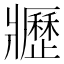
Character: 𤖢